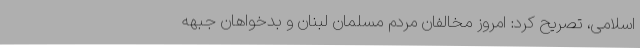
اسلامی، تصریح کرد: امروز مخالفان مردم مسلمان لبنان و بدخواهان جبهه